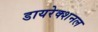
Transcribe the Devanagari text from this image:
डायरेक्शनल